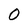
Character: O